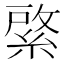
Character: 綮